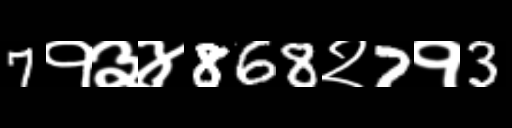
Text: 7१३४868२7१3